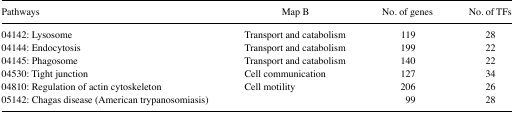
| Pathways | Map B | No. of genes | No. of TFs |
 | --- | --- | --- | --- |
 | 04142: Lysosome | Transport and catabolism | 119 | 28 |
 | 04144: Endocytosis | Transport and catabolism | 199 | 22 |
 | 04145: Phagosome | Transport and catabolism | 140 | 22 |
 | 04530: Tight junction | Cell communication | 127 | 34 |
 | 04810: Regulation of actin cytoskeleton | Cell motility | 206 | 26 |
 | 05142: Chagas disease (American trypanosomiasis) |  | 99 | 28 |